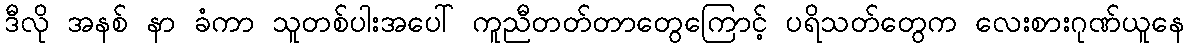
ဒီလို အနစ် နာ ခံကာ သူတစ်ပါးအပေါ် ကူညီတတ်တာတွေကြောင့် ပရိသတ်တွေက လေးစားဂုဏ်ယူနေ